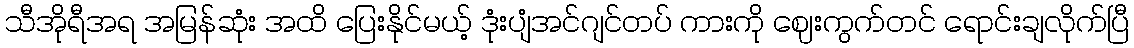
သီအိုရီအရ အမြန်ဆုံး အထိ ပြေးနိုင်မယ့် ဒုံးပျံအင်ဂျင်တပ် ကားကို ဈေးကွက်တင် ရောင်းချလိုက်ပြီ